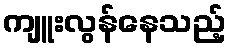
ကျူးလွန်နေသည့်